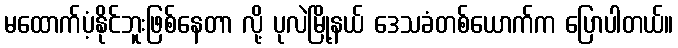
မထောက်ပံ့နိုင်ဘူးဖြစ်နေတာ လို့ ပုလဲမြို့နယ် ဒေသခံတစ်ယောက်က ပြောပါတယ်။